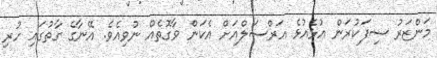
މަންޒަރު ސިފަކުރަން އުޅެއުޅެ އަރްސަލްއަށް އެކަން ވާގޮތެއް ނުވިއެވެ. އޭނާގެ ގާތުގައި ހުރި